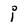
Character: i